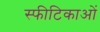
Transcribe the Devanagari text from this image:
स्फीटिकाओं